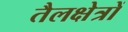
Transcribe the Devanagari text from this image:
तैलक्षेत्रों